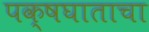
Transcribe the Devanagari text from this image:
पक्षघाताचा